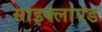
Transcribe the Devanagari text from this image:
साइक्लाएड